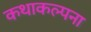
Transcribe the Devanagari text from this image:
कथाकल्पना